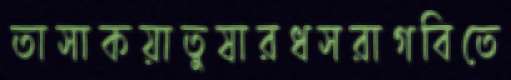
তাসাকয়াতুষারধসরাগবিতে